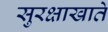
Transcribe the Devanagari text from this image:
सुरक्षाखाते